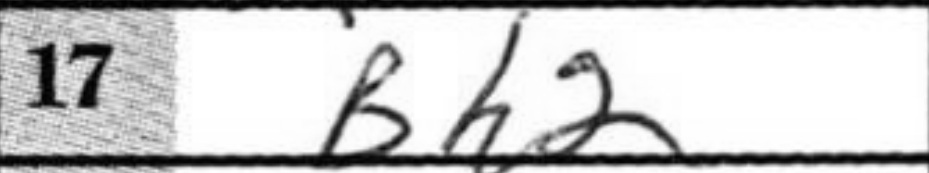
Transcription: Bh2